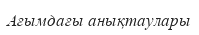
Ағымдағы анықтаулары